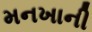
મનખાની